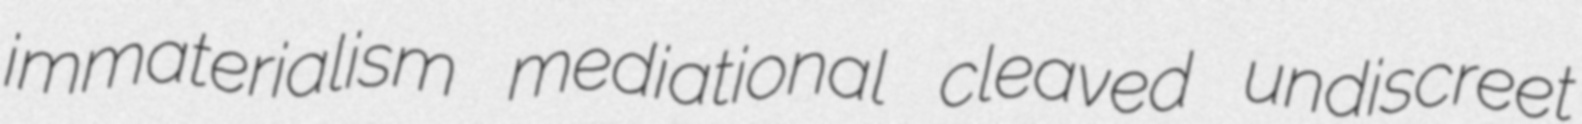
immaterialism mediational cleaved undiscreet